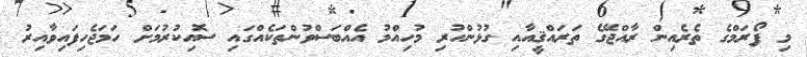
މި ފޯރަމްގެ ތެރެއިން ރާއްޖޭގެ ތަރައްޤީއާއި ގުޅުންހުރި މުހިއްމު އެއްބަސްވުންތަކެއްގައި ސޮއިކުރުމަށް ހަމަޖެހިފައިވާއިރު